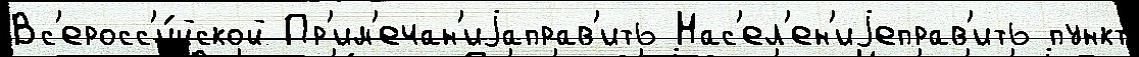
Вс'еросс'и́йской Пр'им'ечан'иjаправ'ить Нас'ел'ен'иjеправ'ить пункт